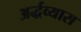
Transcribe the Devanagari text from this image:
अर्द्धव्यास